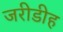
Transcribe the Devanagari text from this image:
जरीडीह